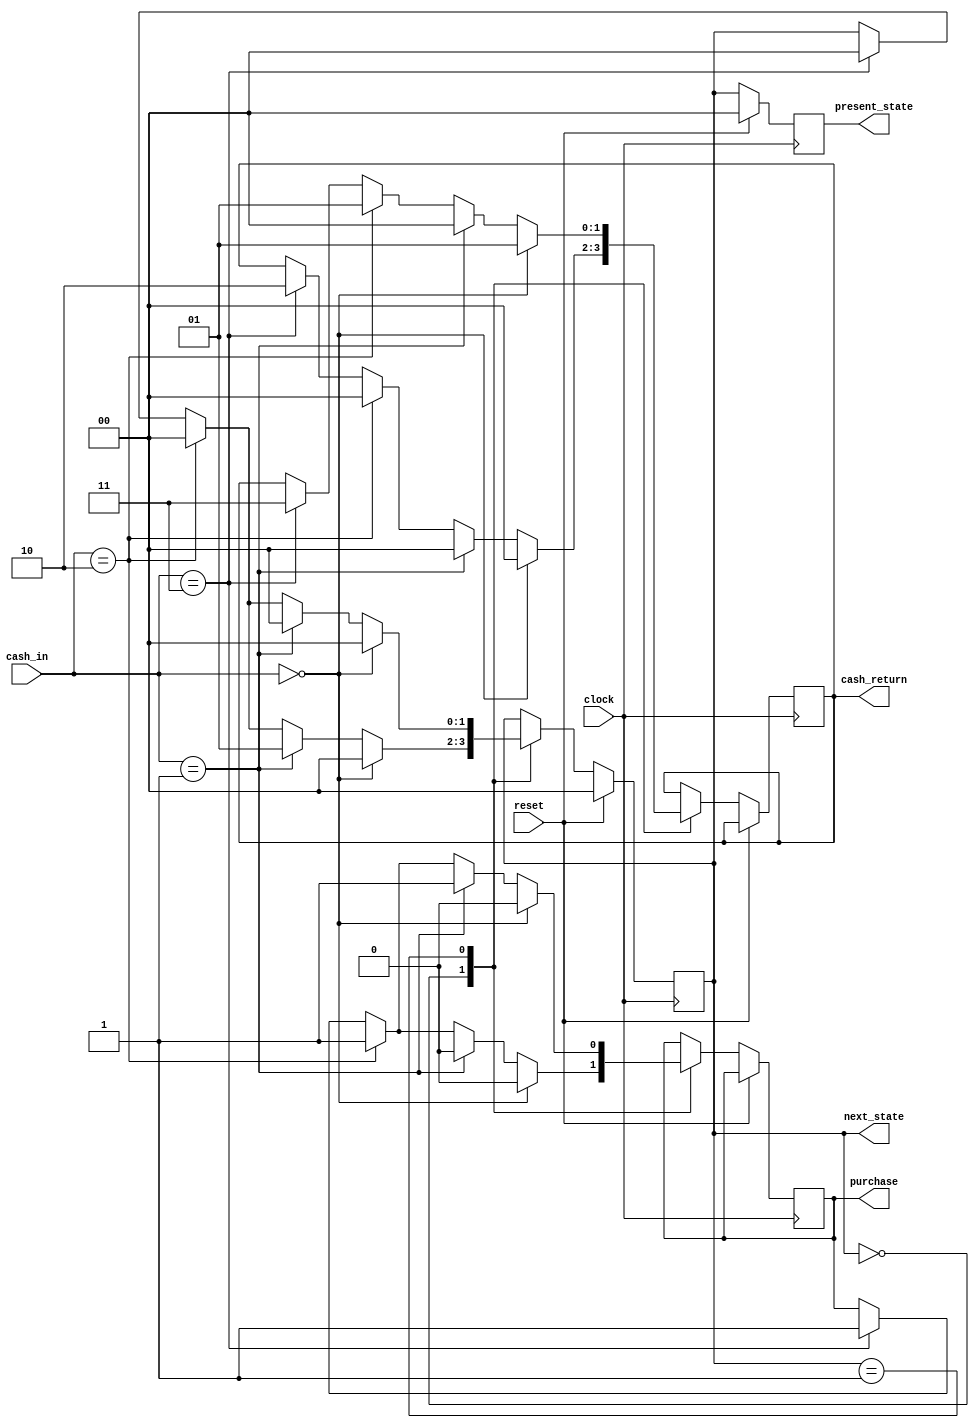
module vm(clock, reset, cash_in, purchase, present_state, next_state, cash_return);
	input clock, reset;
	input [1:0] cash_in;
	output reg purchase;
	output reg [1:0] cash_return, present_state, next_state;
	parameter 	state0= 2'b00, //0tk/final state
				state1= 2'b01, //5tk state
				state2= 2'b10, //10tk state
				state3= 2'b11, //15tk state
				n = 10,//price of my product
				R0= 2'b00, //0tk return
				R5= 2'b01, //5tk return
				R10= 2'b10, //10tk return
				R15= 2'b11; //15tk return
	
	always@(posedge clock)
	begin
			if(reset==1)
			begin 
				present_state = state0;
				next_state = state0;
			end
			else
			begin
				present_state = next_state;
				
				case(present_state)
				state0: if(cash_in == 2'b00) // 0 tk
							begin
								next_state = state0;
								purchase =0;
								cash_return = R0;
							end
						else if(cash_in == 2'b01) // 5 tk
							begin
								next_state = state1;
								purchase = 0;
								cash_return = R0;
							end
						else if(cash_in == 2'b10) // 10 tk 
							begin
								next_state = state0;
								purchase = 1;
								cash_return = R0;
							end
						else if(cash_in == 2'b11) // 20 tk 
							begin
								next_state = state0;
								purchase = 1;
								cash_return = R10;
							end
							
				state1: if(cash_in == 2'b00)
							begin
								next_state = state0;
								purchase =0;
								cash_return = R5;
							end
						else if(cash_in == 2'b01)
							begin
								next_state=state0;
								purchase = 1;
								cash_return = R0;
							end
						else if(cash_in == 2'b10)
							begin
								next_state=state0;
								purchase=1;
								cash_return = R5;
							end
						else if(cash_in == 2'b11)
							begin
								next_state = state0;
								purchase = 1;
								cash_return = R15;
							end
				endcase
			end
	end
	endmodule